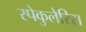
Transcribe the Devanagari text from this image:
स्पेकुलेरिस